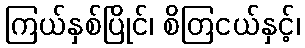
ကြယ်နှစ်ပြိုင်၊ စိတြငယ်နှင့်၊